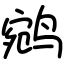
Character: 鹓